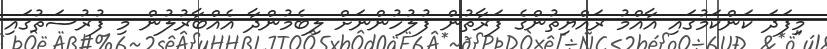
މިފަދަ ކަންކަމުގައި އާއްމު ރައްޔިތުންގެ ފަރާތުން ފުލުހުންނަށް ލިބެމުންދާ އެއްބާރުލުން މި ފުރުސަތުގައި